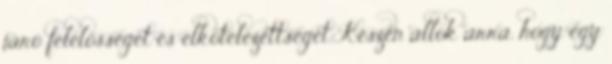
járó felelősséget és elkötelezettséget. Készen állok arra, hogy egy